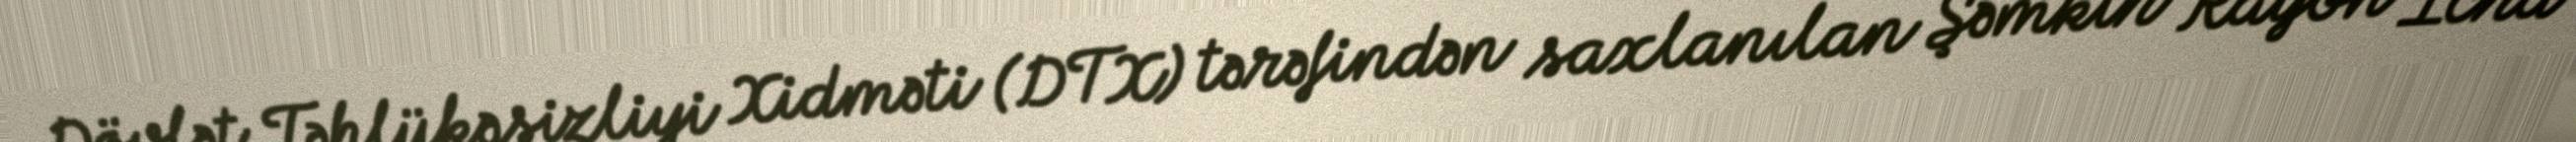
Dövlət Təhlükəsizliyi Xidməti (DTX) tərəfindən saxlanılan Şəmkir Rayon İcra